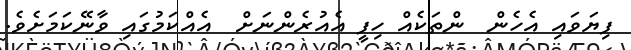
ފިޔަވައި އެހެން  ންތަކެއް ހިފީ އެއުރެންނަށް  އެއްކަމުގައި ވާނޭކަމަށެވެ.